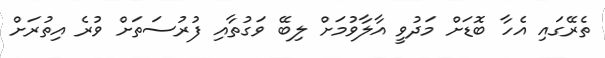
ތެރޭގައި އެހާ ބޮޑަށް މަދުވީ އާލާވުމަށް ލިބޭ ވަގުތާއި ފުރުސަތަށް ވުރެ އިތުރަށް